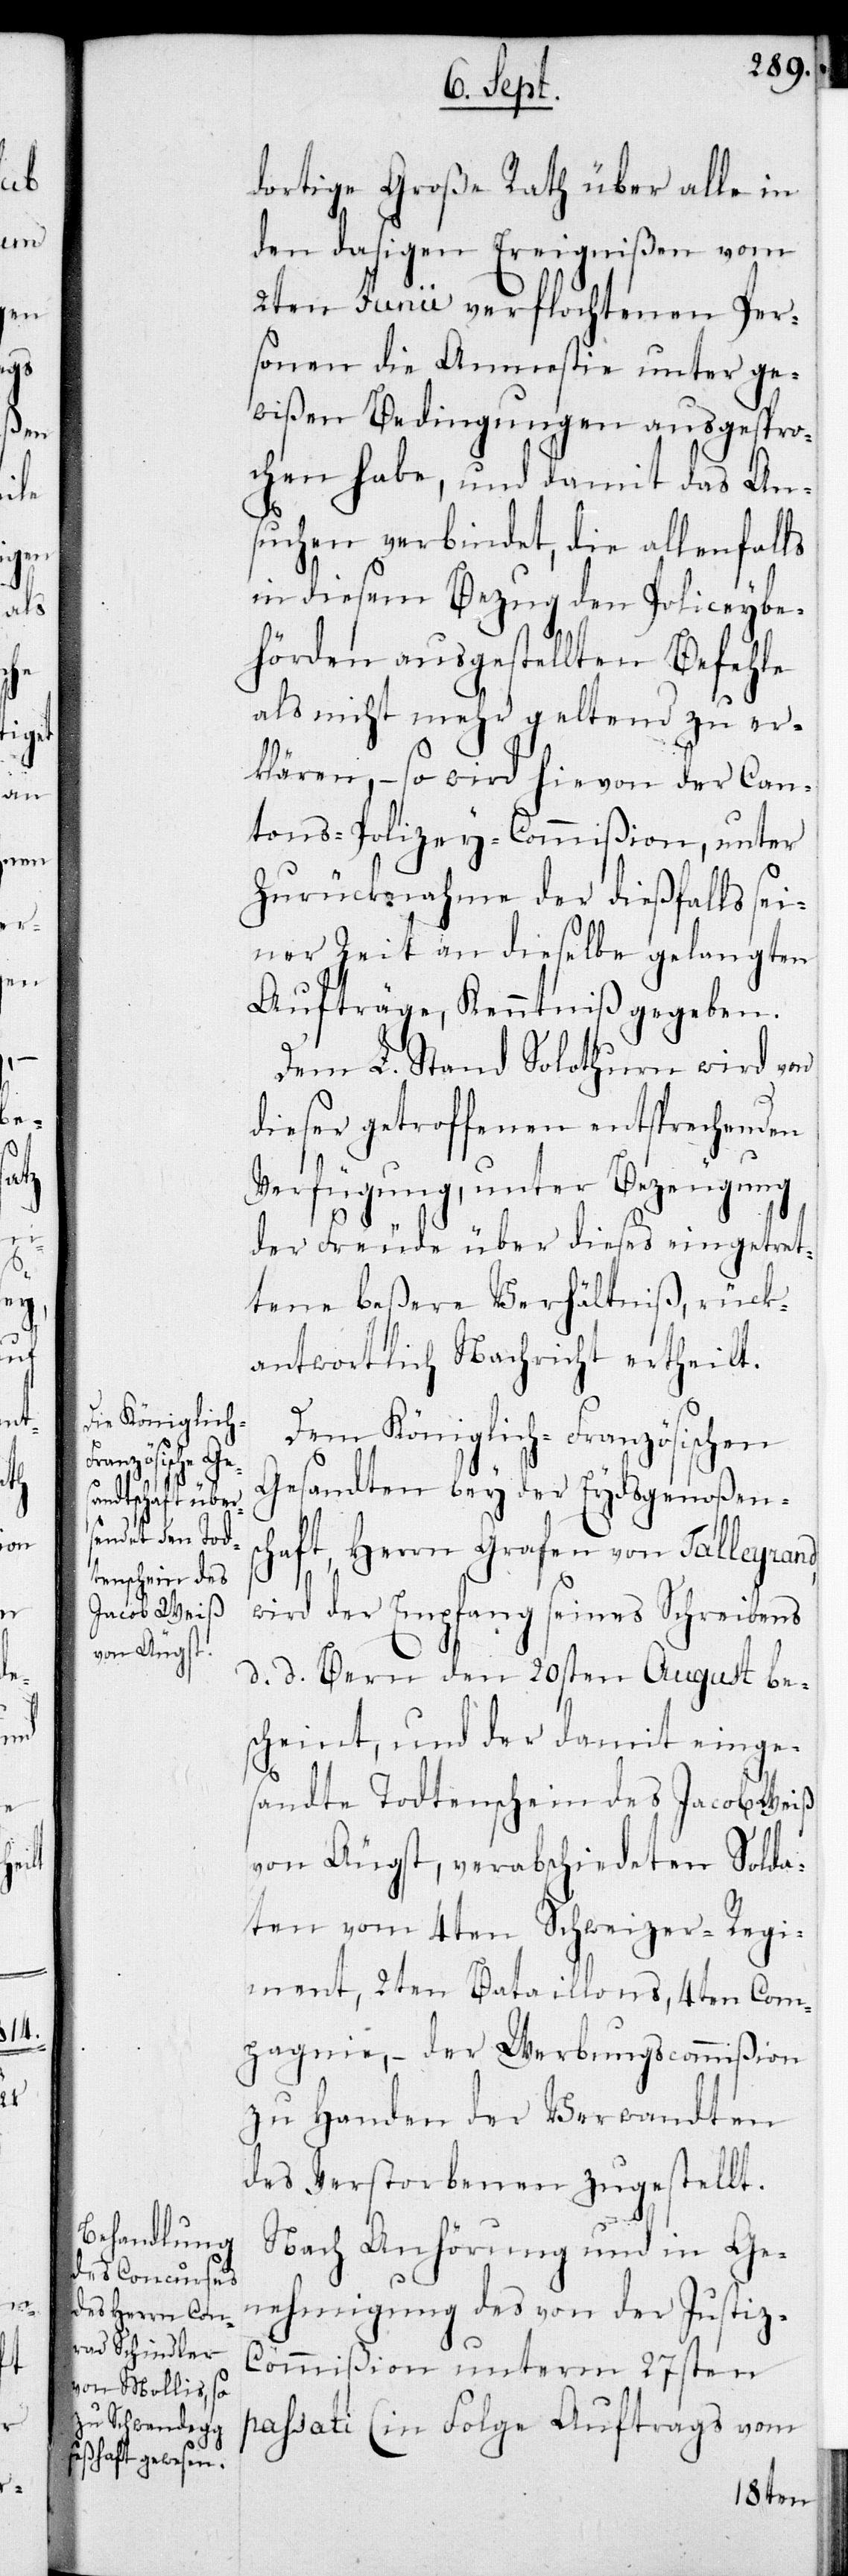
der

dortige Große Rath über alle in
den dasigen Ereignißen vom
2ten Junii verflochtenen Per¬
sonen die Amnestie unter ge¬
wißen Bedingungen ausgespro¬
chen habe, und damit das An¬
suchen verbindet, die allenfalls
in diesem Bezug den Policeybe¬
hörden ausgestellten Befehle
als nicht mehr geltend zu er¬
klären, – so wird hievon der Can¬
tons-Polizey-Commißion, unter
Zurücknahme der dießfalls sei¬
ner Zeit an dieselbe gelangten
Aufträge, Kenntniß gegeben.
Dem L. Stand Solothurn wird von
dieser getroffenen entsprechenden
Verfügung, unter Bezeugung
der Freude über dieses eingetret¬
tene beßere Verhältniß, rück¬
antwortlich Nachricht ertheilt.
Dem Königlich-Französischen
Gesandten bey der Eydsgenoßens¬
chaft, Herrn Grafen von Talleyrand,
wird der Empfang seines Schreibens
d. d. Bern den 20sten August be¬
scheint, und der damit einge¬
sandte Todtenschein des Jacob Weiß
von Äugst, verabschiedeten Solda¬
ten vom 4ten Schweizer-Regi¬
ment, 2ten Bataillons, 4ten Com¬
pagnie, – der Werbungscommißion
zu Handen der Verwandten
des Verstorbenen zugestellt.
Nach Anhörung und in Ge¬
nehmigung des von der Justiz-C¬
ommißion unterm 27sten
passati (in Folge Auftrags vom